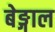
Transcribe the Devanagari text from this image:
बेङ्गाल